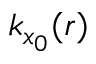
k _ { x _ { 0 } } ( r )